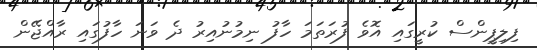
ފިލިޕީންސް ކުރީގައި އޮވެ ފުރަތަމަ ހާފު ނިމުނުއިރު ދެ ވަނަ ހާފުގައި ރާއްޖޭން